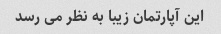
این آپارتمان زیبا به نظر می رسد